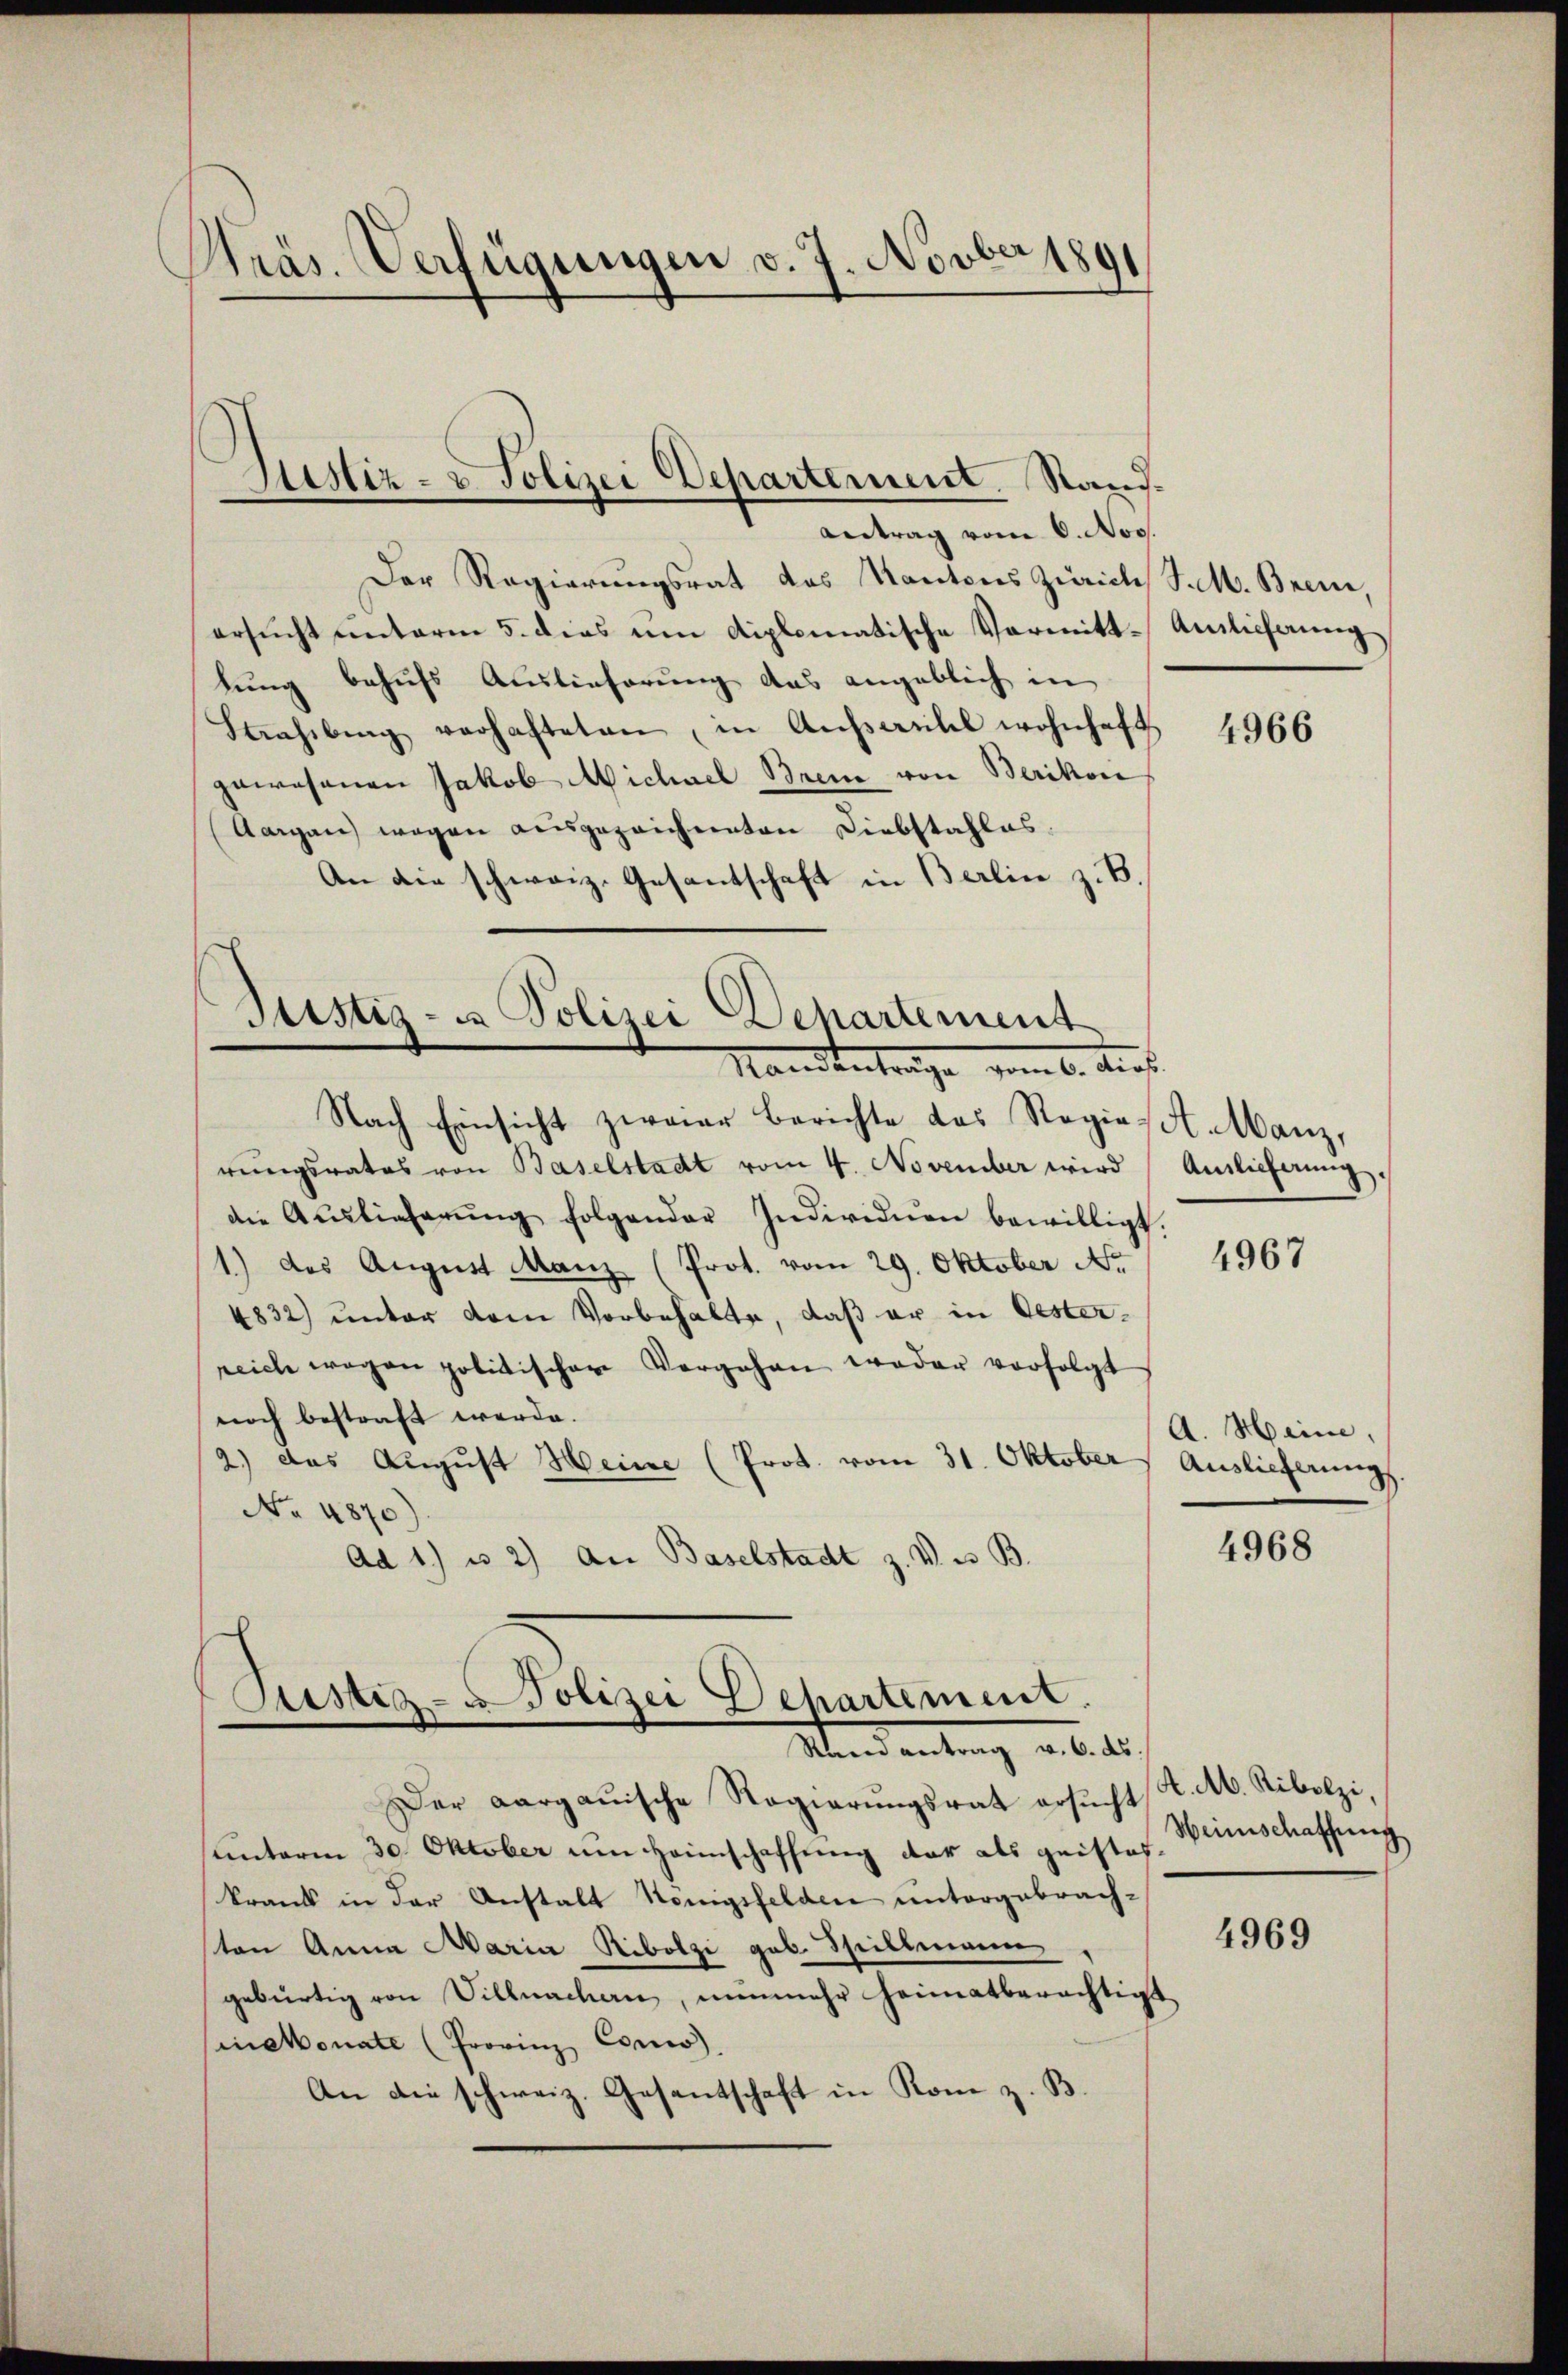
Präs. Verfügungen v. 7. Novber 1891
1

Antrag vom 6. Nov.
Der Regierungsrat das Kantons Zürich S. M. Brem,
ersŭcht ŭnterm 5. dies ŭm diplomatische Vormitt-Amtieferung
lung behufs Auslieferung das angeblich in
Haasiburg verhafteten, in Anfantel wohnhaft.
gewesenen Jakob Nichael Breme von Berikon
(Aargau wegen ausgezeichneten Diebstahles.
An die schweiz. Gesantschaft in Berlin z. B.
Justiz- u Polizei Departement
Mandentrage vom 6. Aus

Justiz- u Polizei Departement. Rand-

Justiz- u Polizei Departement.
Mandantrag v. 6. d.

Nach Einsicht zwar Berichte das Regiesst. Manz,
rungsrates von Baselstadt vom 4. November wird
die Auslieferŭng folgender Individuen bewilligt.
1.) das August Manz (Prot. vom 29. Oktober No
4832) unter dem Vorbehalte, daß er in Oester-
reich wegen politischer Vergehen weder vorfolgt
noch bestraft werde.
(2.) das August Heine (Prot. vom 31. Oktober
No. 4870)
Ad 1) u. 2) an Baselstadt z. V. u. B

Der aargauische Regierŭngsrat ersŭcht K. A. Ribolzi,
unterm 30. Oktober um Heimschaffung das als geistes
krank in der Anstalt Königsfelden untergebrachsten Anna Maria Ribolzi geb. Spillmann
gebürtig von Villmachen, nunmehr heimatberechtigt
inconate (Frovinz Conc
An die schweiz. Gesantschaft in Kom z. B.

4966

Anlieferung,

4967

A. Heine,
Auslieferung

4968

Weinschaffung

4969